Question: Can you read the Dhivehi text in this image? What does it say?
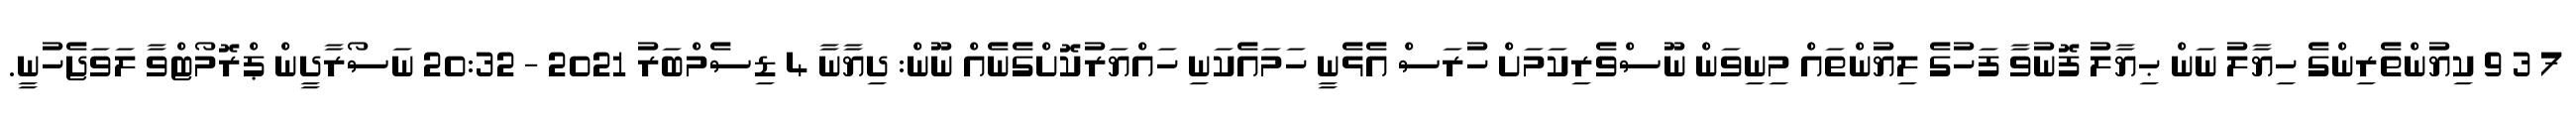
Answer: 7 3 9 ކިޔުންތެރިންގެ ހިޔާލު ނަން ޙިޔާލު ފޮނުވާ ފަހުގެ ލިޔުންތައް މިނިވަން ނޫސްވެރިކަމަށް ހުރަސް އެޅެނީ ހަމައެކަނި ހައްޔަރުކޮށްގެނެއް ނޫން: ދިޔާނާ 4 ޑިސެމްބަރު 2021 - 20:32 ނަސޯރާދީން ޕްރޮމޯޓްވާ ލަވަޖެހުނީ.